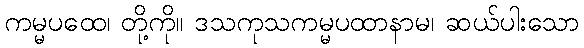
ကမ္မပထေ၊ တို့ကို။ ဒသကုသကမ္မပထာနာမ၊ ဆယ်ပါးသော